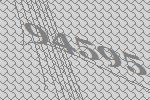
94595